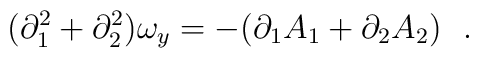
(\partial_{1}^{2}+\partial_{2}^{2})\omega_{y}=-(\partial_{1}A_{1}+\partial_{2}A_{2})~~.